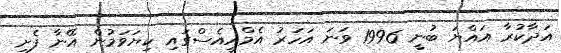
އަދާކުރާ އައްޔަ ބުނީ 1996 ވަނަ އަހަރު އެމްއީއެސްގައި ކިޔަވަމުން އޭނާ ފެށި